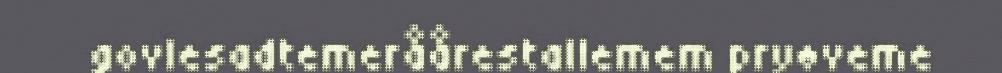
govlesadtemeråårestallemem pryøveme